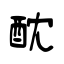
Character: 酖